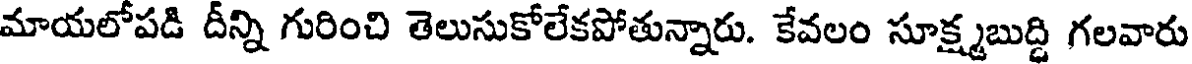
మాయలోపడి దీన్ని గురించి తెలుసుకోలేకపోతున్నారు. కేవలం సూక్ష్మబుద్ది గలవారు